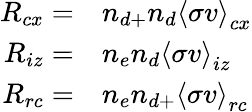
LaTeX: \begin{array}{rl}{R_{cx}=}&{{}n_{d+}n_{d}\left<\sigma v\right>_{cx}}\\ {R_{iz}=}&{{}n_{e}n_{d}\left<\sigma v\right>_{iz}}\\ {R_{rc}=}&{{}n_{e}n_{d+}\left<\sigma v\right>_{rc}}\end{array}